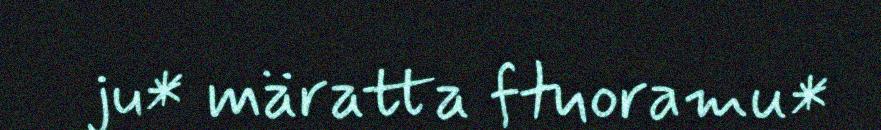
ju* märatta ftuoramu*